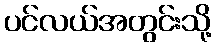
ပင်လယ်အတွင်းသို့